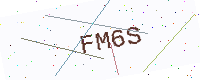
Text: FM6S